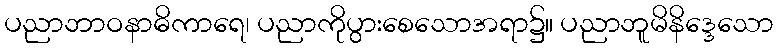
ပညာဘာဝနာဓိကာရေ၊ ပညာကိုပွားစေသောအရာ၌။ ပညာဘူမိနိဒ္ဒေသော